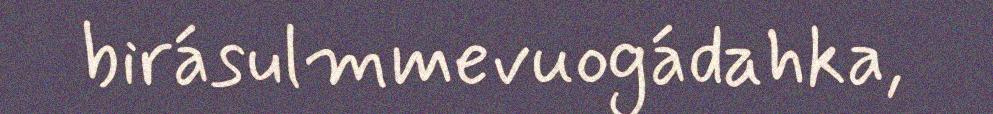
birásulmmevuogádahka,